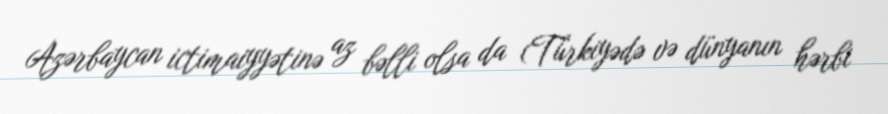
Azərbaycan ictimaiyyətinə az bəlli olsa da (Türkiyədə və dünyanın hərbi